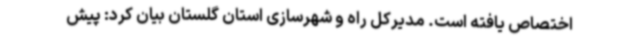
اختصاص یافته است. مدیرکل راه و شهرسازی استان گلستان بیان کرد: پیش